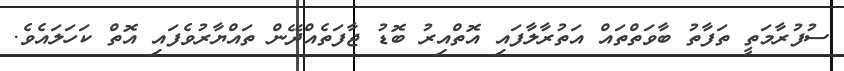
ސުފުރާމަތީ ތަފާތު ބާވަތްތައް އަތުރާލާފައި އޮތްއިރު ބޮޑު ޖާފަތެއްދޭން ތައްޔާރުވެފައި އޮތް ކަހަލައެވެ.